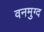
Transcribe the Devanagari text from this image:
वनमुग्द